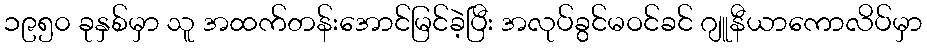
၁၉၅၀ ခုနှစ်မှာ သူ အထက်တန်းအောင်မြင်ခဲ့ပြီး အလုပ်ခွင်မဝင်ခင် ဂျူနီယာကောလိပ်မှာ